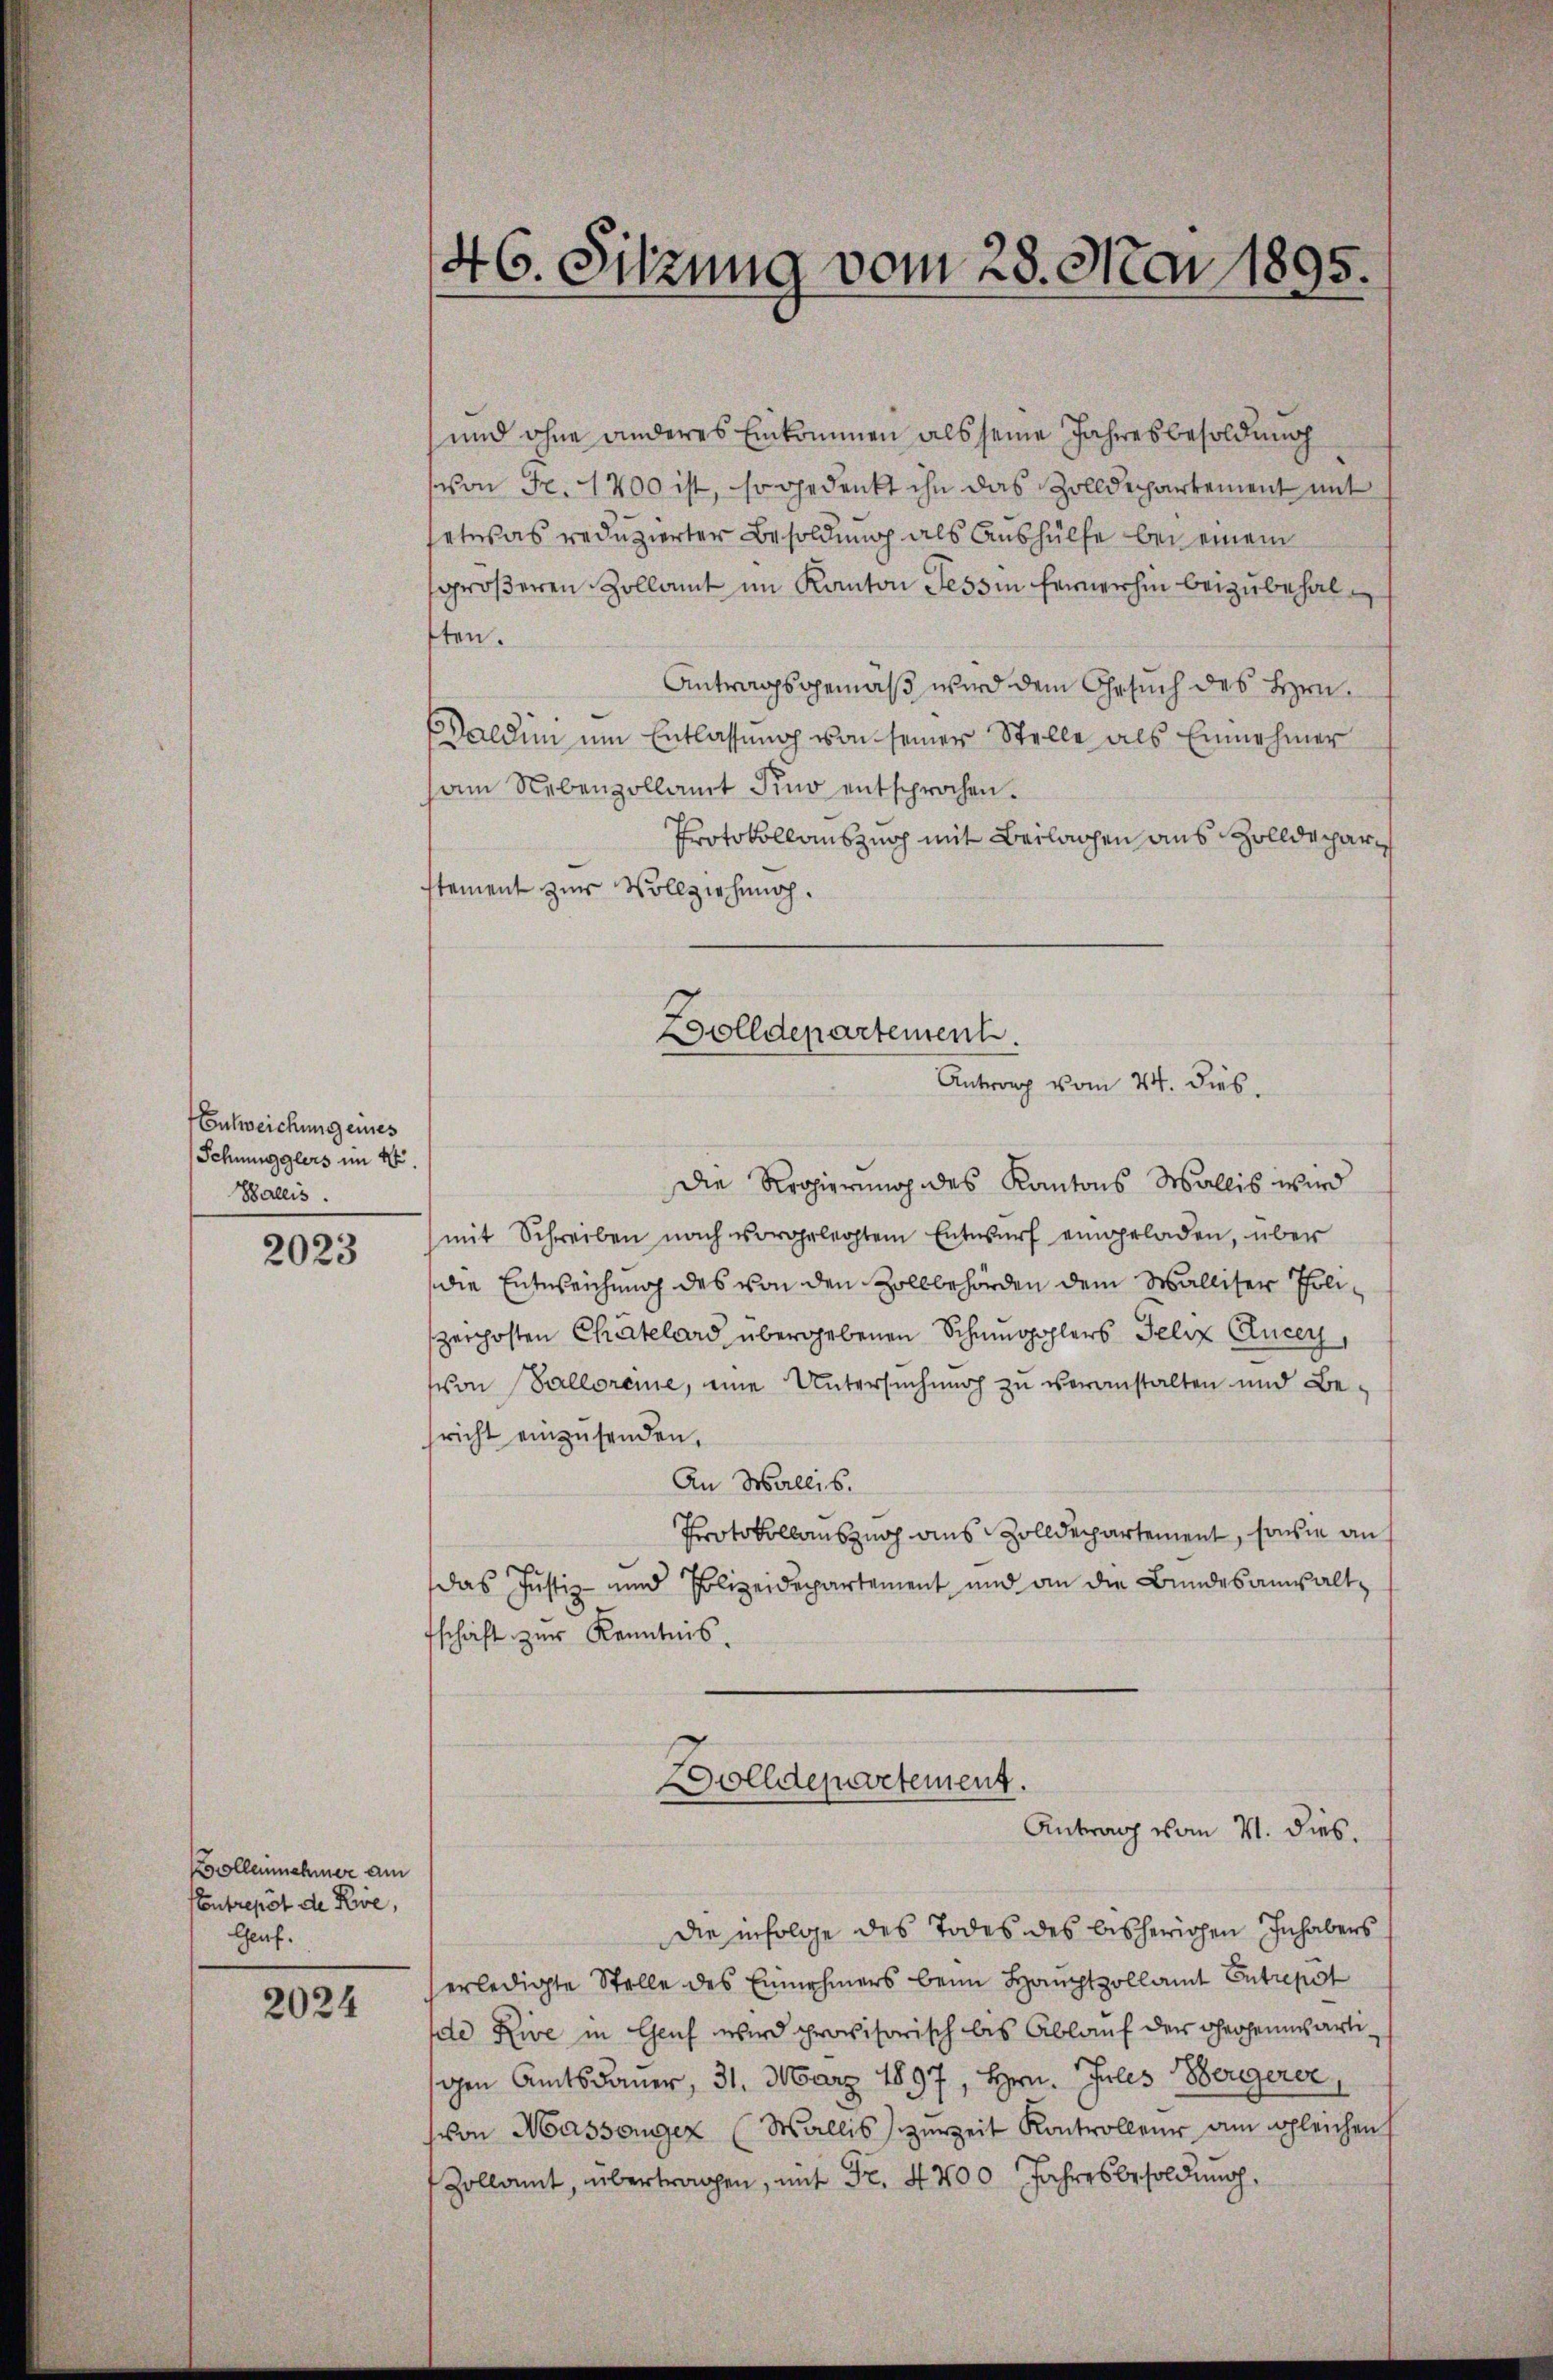
Entweichung eines
Schmugglers im 4.
Wallis.

2023

Kocolleinehmer am
Contrepot de Rive,
Geuf.

2024

46. Sitzung vom 28. Mai 1895.

und ohne anderes Einkommen als seine Jahresbesoldung
von Fr. 1200 ist, so gedenkt ihn das Zolldepartement mit
etwas reduzierter Besoldung als Aushülfe bei einem
größeren Zollamt im Kanton Tessin fernerhin beizubehalten.
Antragsgemäß wird dem Gesuch des Hrn.
aldini um Entlassung von seiner Stelle als Einnehmer
am Nebenzollamt Kino entsprochen.
Protokollauszug mit Beilagen aus Zolldeparstement zur Vollziehung.
Die Regierung des Kantons Wallis wird
mit Schreiben nach vorgelegtem Entwurf eingeladen, über
die Entweichung des von den Zollbehörden dem Walliser Polizeichsten Chatelard übergebenen Schmugohlers Felix Clucey,
von Salloreine, eine Untersuchung zu veranstalten und Bericht einzusenden.
An Wallis.
Protokollauszug aus Zolldepartement, sowie auf
das Justiz- und Polizeidepartement und an die Bundesanwaltschaft zur Kenntnis.
Dolldepartement.
Antrag vom 21. dies.
die infolge des Todes des bisherigen Inhabers
erledigte Stelle des Einnehmers beim Hauptzollamt Entrepot
de Rive in Genf wird provisorisch bis Ablauf der Gegenwärtigen Amtsdauer, 31. März 1897, Hrn. Julis Bergerer,
von Massenger (Wallis zur Zeit Kontrolleur am gleichen
Zollamt, übertragen, mit Fr. 4700 Jahresbesoldung.

Wolldepartement.
Antrag vom 24. dies